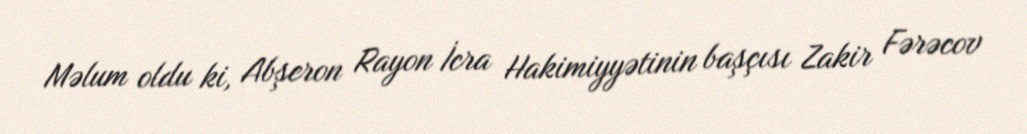
Məlum oldu ki, Abşeron Rayon İcra Hakimiyyətinin başçısı Zakir Fərəcov